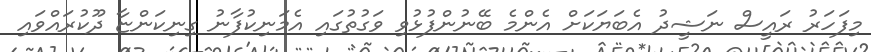
މިފަހަރު ރައީސް ނަޝީދު އެބަޔަކަށް އެންމެ ބޭނުންފުޅުވި ވަގުތުގައި އެމަނިކުފާނު ގިނިކަންޏާ ދޫކުރައްވައި